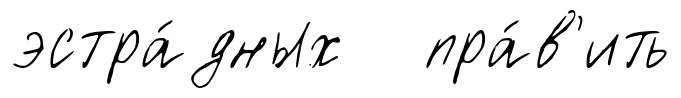
эстра́дных пра́в'ить